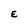
Character: E